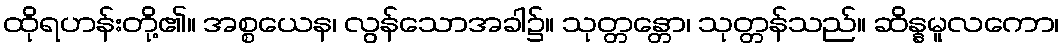
ထိုရဟန်းတို့၏။ အစ္စယေန၊ လွန်သောအခါ၌။ သုတ္တန္တော၊ သုတ္တန်သည်။ ဆိန္နမူလကော၊